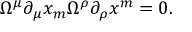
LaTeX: \Omega ^ { \mu } \partial _ { \mu } x _ { m } \Omega ^ { \rho } \partial _ { \rho } x ^ { m } = 0 .